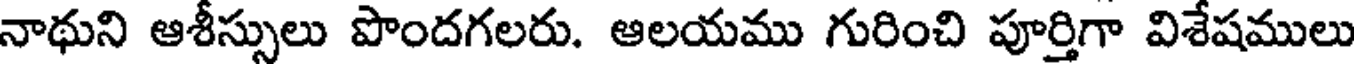
నాథుని ఆశీస్సులు పొందగలరు. ఆలయము గురించి పూర్తిగా విశేషములు